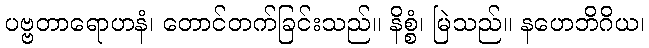
ပဗ္ဗတာရောဟနံ၊ တောင်တက်ခြင်းသည်။ နိစ္စံ၊ မြဲသည်။ နဟေဘိဂိယ၊